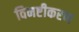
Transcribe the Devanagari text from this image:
विनष्टीकरण